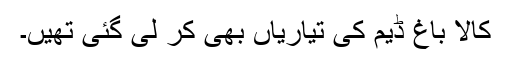
کالا باغ ڈیم کی تیاریاں بھی کر لی گئی تھیں۔